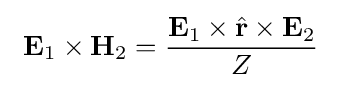
\ \mathbf {E} _{1}\times \mathbf {H} _{2}={\frac {\mathbf {E} _{1}\times {\hat {\mathbf {r} }}\times \mathbf {E} _{2}}{Z}}\